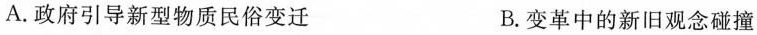
A.政府引导新型物质民俗变迁 B.变革中的新旧观念碰撞